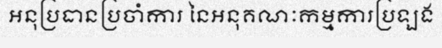
អនុប្រធានប្រចាំការ នៃអនុគណៈកម្មការប្រឡង